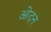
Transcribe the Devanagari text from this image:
ओदन